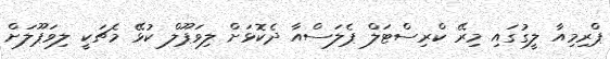
ޕްރިމިއާ ލީގުގައި މިރޭ ކްރިސްޓަލް ޕެލަސްއާ ދެކޮޅަށް ލިވަޕޫލް ކުޅޭ މެޗަކީ ލިވަޕޫލަށް